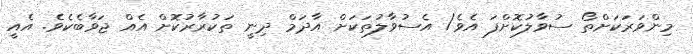
މިންވަރަކަށްތޯ ސުވާލުކޮށްފަ އެވެ/ އެސުވާލުތަކަށް އާދަމް ދިނީ ތަކުރާރުކޮށް އެއް ޖަވާބެކެވެ. އެއީ